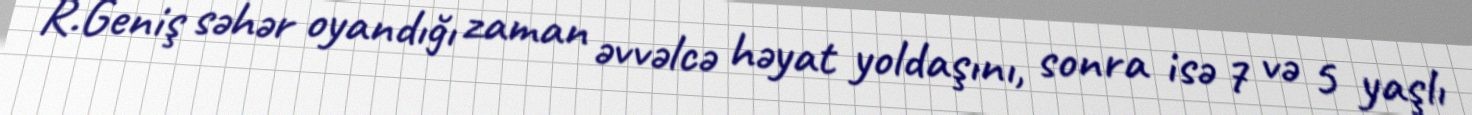
R.Geniş səhər oyandığı zaman əvvəlcə həyat yoldaşını, sonra isə 7 və 5 yaşlı